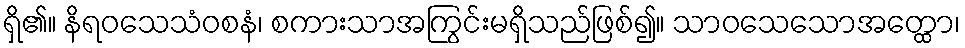
ရှိ၏။ နိရဝသေသံဝစနံ၊ စကားသာအကြွင်းမရှိသည်ဖြစ်၍။ သာဝသေသောအတ္ထော၊